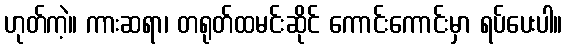
ဟုတ်ကဲ့။ ကားဆရာ၊ တရုတ်ထမင်းဆိုင် ကောင်းကောင်းမှာ ရပ်ပေးပါ။